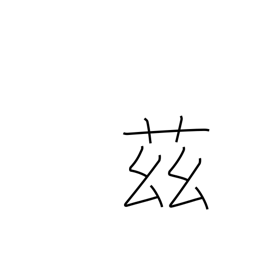
Meaning: here